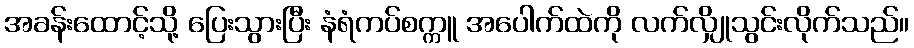
အခန်းထောင့်သို့ ပြေးသွားပြီး နံရံကပ်စက္ကူ အပေါက်ထဲကို လက်လျှိုသွင်းလိုက်သည်။